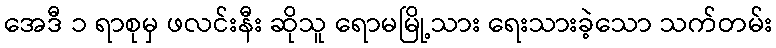
အေဒီ ၁ ရာစုမှ ဖလင်းနီး ဆိုသူ ရောမမြို့သား ရေးသားခဲ့သော သက်တမ်း